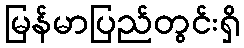
မြန်မာပြည်တွင်းရှိ